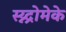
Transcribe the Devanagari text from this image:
स्य्न्द्रोमेके